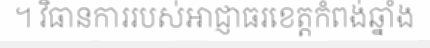
។ វិធានការរបស់អាជ្ញាធរខេត្តកំពង់ឆ្នាំង